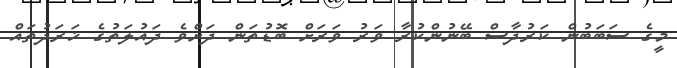
މީގެ ސަބަބުން ކަރުދާސް ބޭނުންކުރާ ވަރު ވަރަށް ބޮޑުތަން ދަށްވެ ދައުލަތުގެ ޚަރަދުތައް